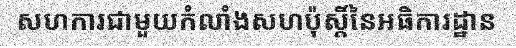
សហការជាមួយកំលាំងសហប៉ុស្តិ៍នៃអធិការដ្ឋាន